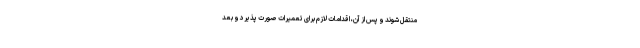
منتقل شوند و پس از آن، اقدامات لازم برای تعمیرات صورت پذیرد و بعد